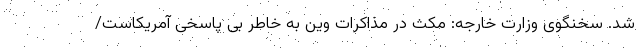
شد. سخنگوی وزارت خارجه: مکث در مذاکرات وین به خاطر بی پاسخی آمریکاست/